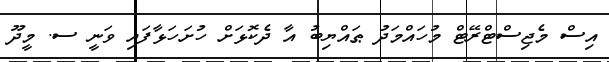
އިސް މެޖިސްޓްރޭޓް މުހައްމަދު ޠައްޔިބު އާ ދެކޮޅަށް ހުށަހަޅާފައި ވަނީ ސ. މީދޫ